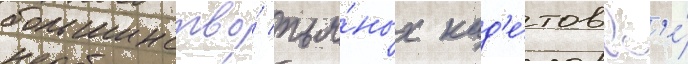
большинство́ пья́ных кад'е́тов вс'е́